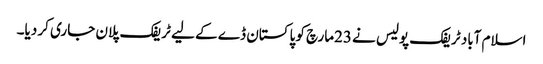
اسلام آباد ٹریفک پولیس نے 23مارچ کو پاکستان ڈے کے لیے ٹریفک پلان جاری کر دیا۔